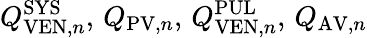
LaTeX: Q_{\mathrm{VEN},n}^{\mathrm{SYS}},\, Q_{\mathrm{PV},n},\, Q_{\mathrm{VEN},n}^{\mathrm{PUL}},\, Q_{\mathrm{AV},n}